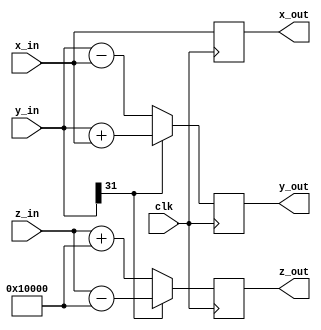
module VLC #(
    parameter DATA_WIDTH  = 32,
    parameter CORDIC_QUAN = 16,
    parameter K = 0
)(
    input wire clk,
    input wire signed [DATA_WIDTH-1:0]x_in,
    input wire signed [DATA_WIDTH-1:0]y_in,
    input wire signed [DATA_WIDTH-1:0]z_in,

    output reg signed [DATA_WIDTH-1:0] x_out,
    output reg signed [DATA_WIDTH-1:0] y_out,
    output reg signed [DATA_WIDTH-1:0] z_out
);

    reg signed [DATA_WIDTH-1:0] y_out_next, z_out_next;
    wire signed [DATA_WIDTH-1:0] shift_one;
    always @(posedge clk) begin
        x_out <= x_in;
    end

    always @(posedge clk) begin
        y_out <= y_out_next;
    end

    always @(posedge clk) begin
        z_out <= z_out_next;
    end
    
    always @(*) begin
        if(y_in[DATA_WIDTH-1] == 1)
            y_out_next = y_in + (x_in >>> K);
        else 
            y_out_next = y_in - (x_in >>> K); 
    end

    assign shift_one = (1 << CORDIC_QUAN);
    always @(*) begin
        if(y_in[DATA_WIDTH-1] == 1)
            z_out_next = z_in - (shift_one >>> K);
        else 
            z_out_next = z_in + (shift_one >>> K); 
    end

endmodule